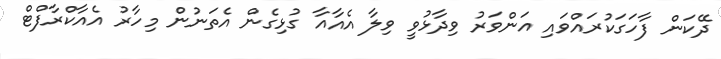
ދޭކަން ފާހަގަކުރައްވައި އަންވަރު ވިދާޅުވީ ވިލާ އެއާއާ ގުޅިގެން އެތަނުން މިހާރު އެއާކްރާފްޓް